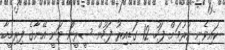
ކައިވެނި ކުރުމަށް ފަހު 12 ގަޑިއިރު ފަހުން ޝީރީން ވަނީ އޭނާގެ ފިރިމީހާ